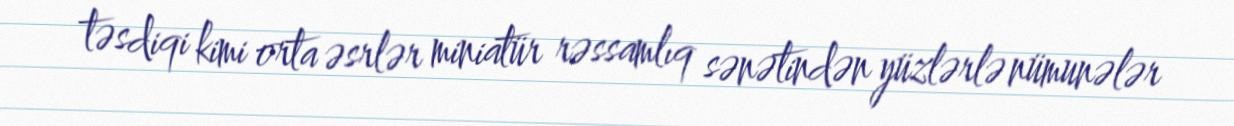
təsdiqi kimi orta əsrlər miniatür rəssamlıq sənətindən yüzlərlə nümunələr